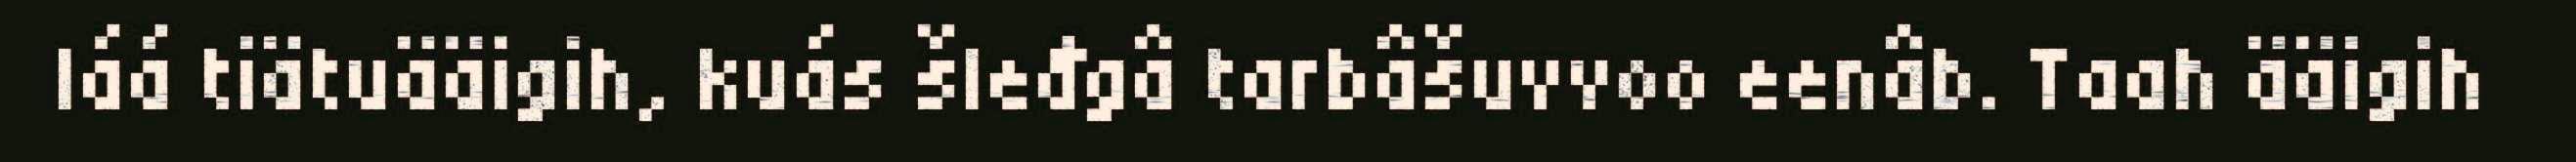
láá tiätuääigih, kuás šleđgâ tarbâšuvvoo eenâb. Taah ääigih